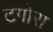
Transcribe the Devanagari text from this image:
टेगोरा